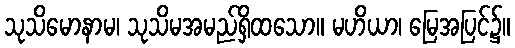
သုသိမောနာမ၊ သုသိမအမည်ရှိထသော။ မဟိယာ၊ မြေအပြင်၌။